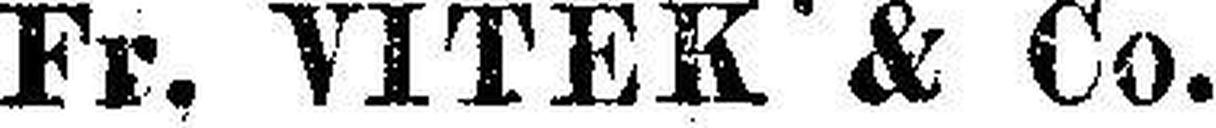
Fr. VITEK & Co.